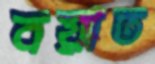
বয়াত